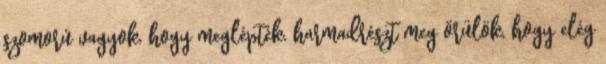
szomorú vagyok, hogy meglépték, harmadrészt meg örülök, hogy elég